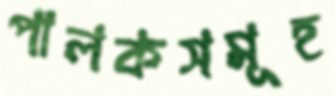
পালকসমূহ